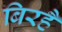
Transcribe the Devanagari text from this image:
बिरहै